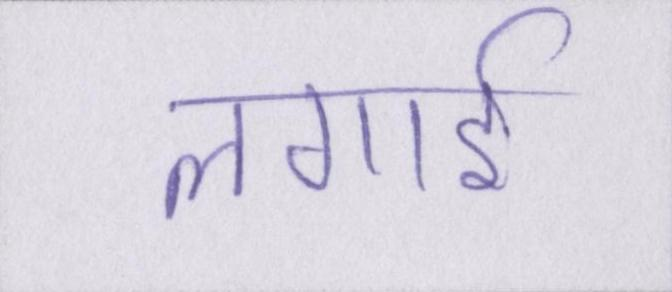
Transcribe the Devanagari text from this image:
लगाई